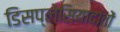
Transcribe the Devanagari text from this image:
डिसप्लेसियादांतों